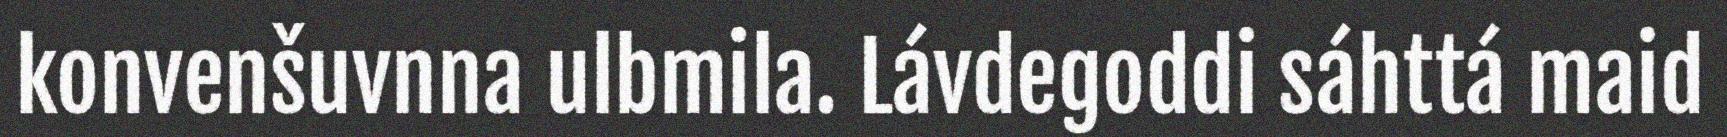
konvenšuvnna ulbmila. Lávdegoddi sáhttá maid